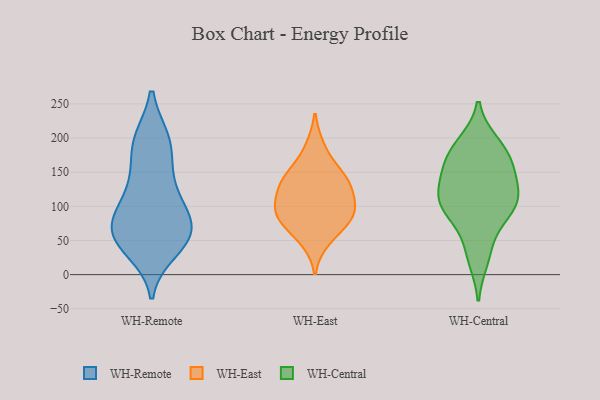
{"axis": {"x": "Satisfaction Score", "y": "Value"}, "legend": ["WH-Central", "WH-East", "WH-Remote"], "data": [{"x": "", "y": 82, "type": "WH-Remote"}, {"x": "", "y": 57, "type": "WH-Remote"}, {"x": "", "y": 196, "type": "WH-Remote"}, {"x": "", "y": 156, "type": "WH-Remote"}, {"x": "", "y": 87, "type": "WH-Remote"}, {"x": "", "y": 63, "type": "WH-Remote"}, {"x": "", "y": 197, "type": "WH-Remote"}, {"x": "", "y": 113, "type": "WH-Remote"}, {"x": "", "y": 50, "type": "WH-Remote"}, {"x": "", "y": 53, "type": "WH-Remote"}, {"x": "", "y": 137, "type": "WH-Remote"}, {"x": "", "y": 96, "type": "WH-Remote"}, {"x": "", "y": 57, "type": "WH-Remote"}, {"x": "", "y": 36, "type": "WH-Remote"}, {"x": "", "y": 196, "type": "WH-Remote"}, {"x": "", "y": 96, "type": "WH-East"}, {"x": "", "y": 151, "type": "WH-East"}, {"x": "", "y": 138, "type": "WH-East"}, {"x": "", "y": 87, "type": "WH-East"}, {"x": "", "y": 114, "type": "WH-East"}, {"x": "", "y": 86, "type": "WH-East"}, {"x": "", "y": 69, "type": "WH-East"}, {"x": "", "y": 93, "type": "WH-East"}, {"x": "", "y": 129, "type": "WH-East"}, {"x": "", "y": 138, "type": "WH-East"}, {"x": "", "y": 50, "type": "WH-East"}, {"x": "", "y": 186, "type": "WH-East"}, {"x": "", "y": 189, "type": "WH-Central"}, {"x": "", "y": 110, "type": "WH-Central"}, {"x": "", "y": 156, "type": "WH-Central"}, {"x": "", "y": 176, "type": "WH-Central"}, {"x": "", "y": 96, "type": "WH-Central"}, {"x": "", "y": 23, "type": "WH-Central"}, {"x": "", "y": 170, "type": "WH-Central"}, {"x": "", "y": 117, "type": "WH-Central"}, {"x": "", "y": 192, "type": "WH-Central"}, {"x": "", "y": 95, "type": "WH-Central"}, {"x": "", "y": 143, "type": "WH-Central"}, {"x": "", "y": 147, "type": "WH-Central"}, {"x": "", "y": 109, "type": "WH-Central"}, {"x": "", "y": 81, "type": "WH-Central"}, {"x": "", "y": 111, "type": "WH-Central"}, {"x": "", "y": 37, "type": "WH-Central"}]}